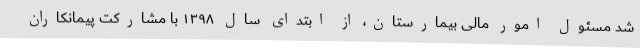
شد مسئول امور مالی بیمارستان، از ابتدای سال ۱۳۹۸ با مشارکت پیمانکاران